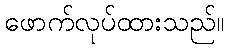
ဖောက်လုပ်ထားသည်။